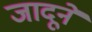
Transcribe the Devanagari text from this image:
जादूने